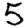
Digit: 5